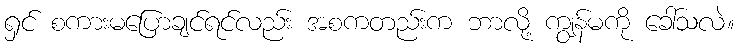
ရှင် စကားမပြောချင်ရင်လည်း အစကတည်းက ဘာလို့ ကျွန်မကို ခေါ်သလဲ။